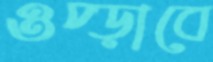
ওপ্‌ড়াবে